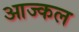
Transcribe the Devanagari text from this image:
आज्कल